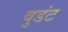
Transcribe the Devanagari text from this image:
वुडंट